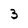
Character: 3